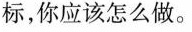
标，你应该怎么做。